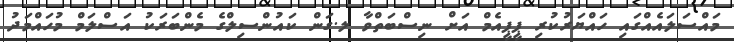
މައްސަލައެއްގައި ހައްޔަރުކުރި ޕީޕީއެމް އަށް ނިސްބަތްވާ ލ.ގަން ކައުންސިލްގެ މެންބަރަކު އަސްލަމް މުހައްމަދު